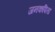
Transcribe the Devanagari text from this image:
जनकपिता